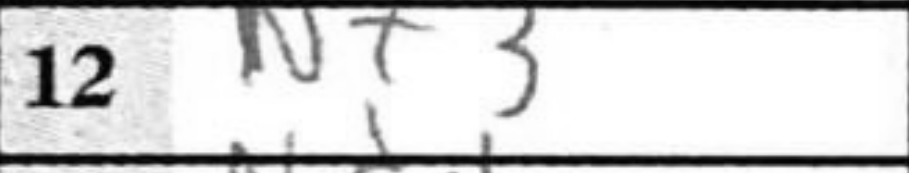
Transcription: Nf3